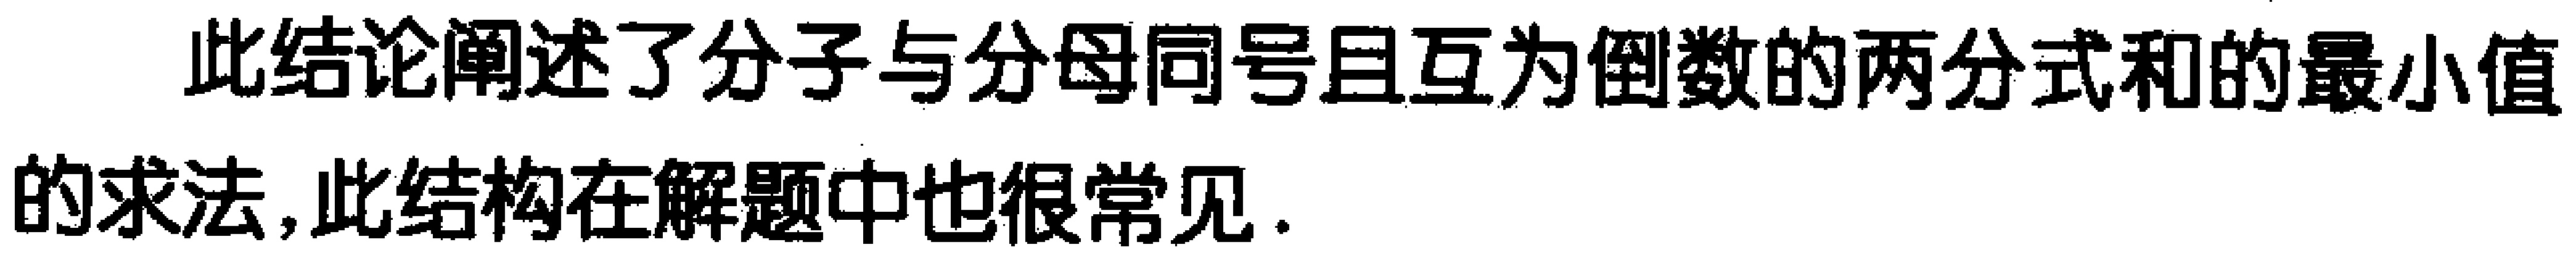
此结论阐述了分子与分母同号且互为倒数的两分式和的最小值的求法, 此结构在解题中也很常见.